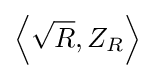
\left\langle {\sqrt {R}},Z_{R}\right\rangle